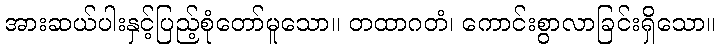
အားဆယ်ပါးနှင့်ပြည့်စုံတော်မူသော။ တထာဂတံ၊ ကောင်းစွာလာခြင်းရှိသော။